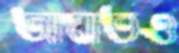
আঘাতও